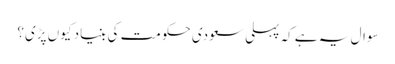
سوال یہ ہے کہ پہلی سعودی حکومت کی بنیاد کیوں پڑی؟